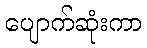
ပျောက်ဆုံးကာ